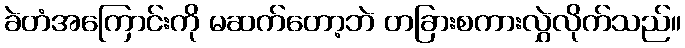
ခဲတံအကြောင်းကို မဆက်တော့ဘဲ တခြားစကားလွှဲလိုက်သည်။